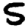
Digit: 5